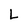
Character: L